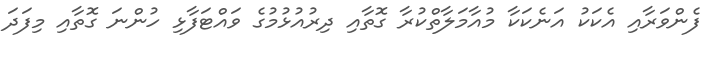
ފެންވަރާއި އެކަކު އަނެކަކާ މުއާމަލާތްކުރާ ގޮތާއި ދިރުއުޅުމުގެ ވައްޓަފާޅި ހުންނަ ގޮތާއި މިފަދަ